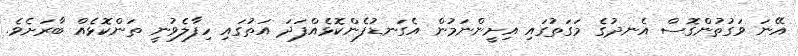
އޭނަ ވަގުތުންގޮސް އެނދުގެ މަގަތުގައި އިށީންނަމުން އެގަނޑުފެންކޮޅެއްފަދަ އަތުގައި ހިފާލެވުނީ ތަންކޮޅެއް ބާރަށެވެ.